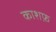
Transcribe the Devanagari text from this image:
काशफ़